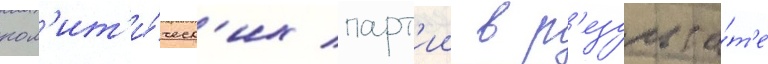
пол'ит'и́ческ'их парт'ии в р'езульта́т'е